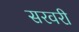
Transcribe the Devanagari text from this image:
सरवरी